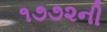
૧૭૭૨ની